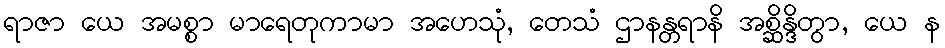
ရာဇာ ယေ အမစ္စာ မာရေတုကာမာ အဟေသုံ, တေသံ ဌာနန္တရာနိ အစ္ဆိန္ဒိတွာ, ယေ န